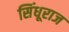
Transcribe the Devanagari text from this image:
सिंधूराज